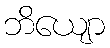
ဘိယျော